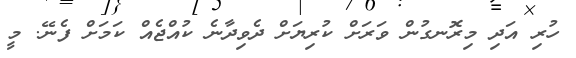
ހުރި އަދި މިރޮނގުން ވަރަށް ކުރިޔަށް ދެވިދާނެ ކުއްޖެއް ކަމަށް ފެނޭ. މީ